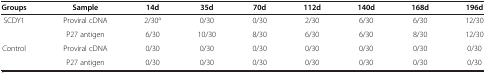
<table><thead><tr><td><b>Groups</b></td><td><b>Sample</b></td><td><b>14d</b></td><td><b>35d</b></td><td><b>70d</b></td><td><b>112d</b></td><td><b>140d</b></td><td><b>168d</b></td><td><b>196d</b></td></tr></thead><tbody><tr><td rowspan="2">SCDY1</td><td>Proviral cDNA</td><td>2/30<sup>a</sup></td><td>0/30</td><td>0/30</td><td>2/30</td><td>6/30</td><td>6/30</td><td>12/30</td></tr><tr><td>P27 antigen</td><td>6/30</td><td>10/30</td><td>8/30</td><td>6/30</td><td>6/30</td><td>8/30</td><td>12/30</td></tr><tr><td>Control</td><td>Proviral cDNA</td><td>0/30</td><td>0/30</td><td>0/30</td><td>0/30</td><td>0/30</td><td>0/30</td><td>0/30</td></tr><tr><td> </td><td>P27 antigen</td><td>0/30</td><td>0/30</td><td>0/30</td><td>0/30</td><td>0/30</td><td>0/30</td><td>0/30</td></tr></tbody></table>